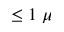
\le 1 \; \mu